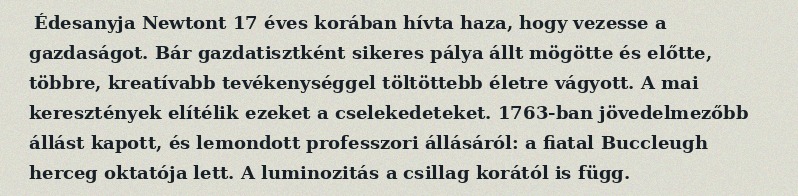
Édesanyja Newtont 17 éves korában hívta haza, hogy vezesse a gazdaságot. Bár gazdatisztként sikeres pálya állt mögötte és előtte, többre, kreatívabb tevékenységgel töltöttebb életre vágyott. A mai keresztények elítélik ezeket a cselekedeteket. 1763-ban jövedelmezőbb állást kapott, és lemondott professzori állásáról: a fiatal Buccleugh herceg oktatója lett. A luminozitás a csillag korától is függ.